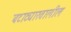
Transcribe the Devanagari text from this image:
बटाट्याखालील